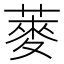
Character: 𫉍